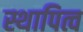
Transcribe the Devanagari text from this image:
स्थापित्व